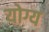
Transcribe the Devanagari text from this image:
योग्य